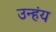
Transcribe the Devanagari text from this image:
उन्हंय